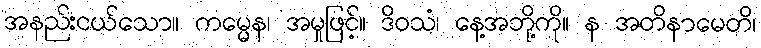
အနည်းငယ်သော။ ကမ္မေန၊ အမှုဖြင့်။ ဒိဝသံ၊ နေ့အဘို့ကို။ န အတိနာမေတိ၊